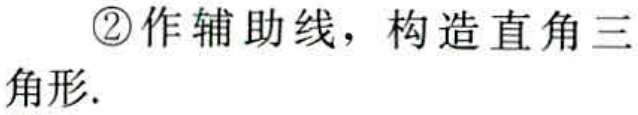
\textcircled{2}作辅助线，构造直角三角形.